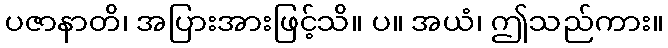
ပဇာနာတိ၊ အပြားအားဖြင့်သိ။ ပ။ အယံ၊ ဤသည်ကား။